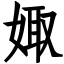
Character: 娵